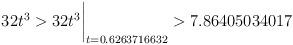
LaTeX: \begin{align*}32t^3 > 32t^3\biggr\rvert_{t=0.6263716632} > 7.86405034017 \end{align*}